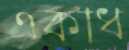
একাধ